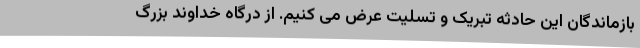
بازماندگان این حادثه تبریک و تسلیت عرض می کنیم. از درگاه خداوند بزرگ